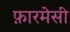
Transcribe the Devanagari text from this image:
फ़ारमेसी